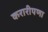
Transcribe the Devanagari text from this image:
करारीपणा